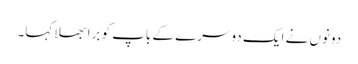
دونوں نے ایک دوسرے کے باپ کو برا بھلا کہا۔